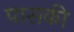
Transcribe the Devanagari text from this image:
पासकी